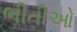
ભીતીઓ